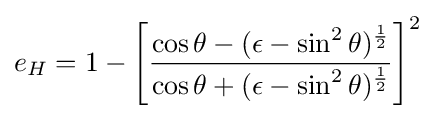
e_{H}=1-\left[{\frac {\cos \theta -(\epsilon -\sin ^{2}\theta )^{\frac {1}{2}}}{\cos \theta +(\epsilon -\sin ^{2}\theta )^{\frac {1}{2}}}}\right]^{2}